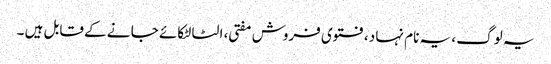
یہ لوگ ، یہ نام نہا د، فتوی فروش مفتی ، الٹا لٹکائے جا نے کے قابل ہیں ۔